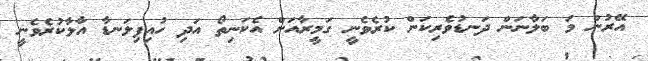
އޭރުން މަ ބަލާނަން ދަނޑުވެރިކަން ކުރެވެނީ ގަމީރާއަށް އެކަނިތޯ އަދި ހުއިފިލަނޑާ އާލާކުރެވެނީ